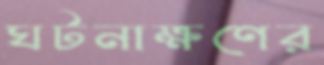
ঘটনাক্ষণের